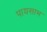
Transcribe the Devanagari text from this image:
पायसाभ